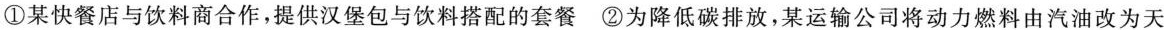
①某快餐店与饮料商合作，提供汉堡包与饮料搭配的套餐 ②为降低碳排放，某运输公司将动力燃料由汽油改为天